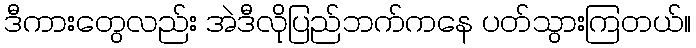
ဒီကားတွေလည်း အဲဒီလိုပြည်ဘက်ကနေ ပတ်သွားကြတယ်။